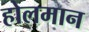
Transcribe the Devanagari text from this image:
होलमान